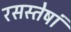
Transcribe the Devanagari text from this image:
रसस्तेषां